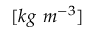
[ k g \ m ^ { - 3 } ]